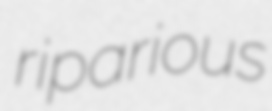
riparious